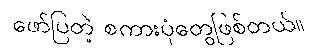
ဖော်ပြတဲ့ စကားပုံတွေဖြစ်တယ်။